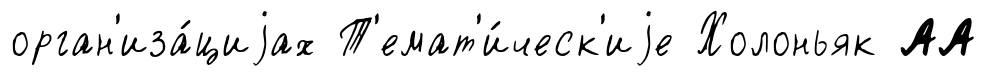
орган'иза́циjах Т'емат'и́ческ'иjе Холоньяк АА